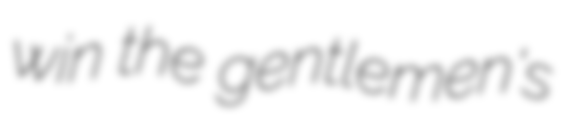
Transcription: win the gentlemen's